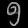
Digit: ၅